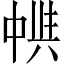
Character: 𠁵